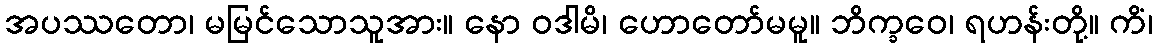
အပဿတော၊ မမြင်သောသူအား။ နော ဝဒါမိ၊ ဟောတော်မမူ။ ဘိက္ခဝေ၊ ရဟန်းတို့။ ကိံ၊